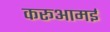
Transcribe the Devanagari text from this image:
करूआमई